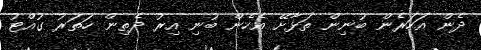
ދެން އަހަރެން ބުނިން ތަޅާށޭ އެހެން ބުނި އިރު ދެތިން ހަތަރު ގުއްޓު